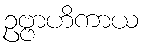
ဥဗ္ဗာဟိကာယ